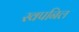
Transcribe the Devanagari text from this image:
स्वपनिल